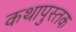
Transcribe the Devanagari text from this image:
कथापुस्तक